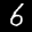
Label: 6